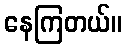
နေကြတယ်။